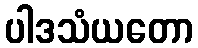
ပါဒသံယတော